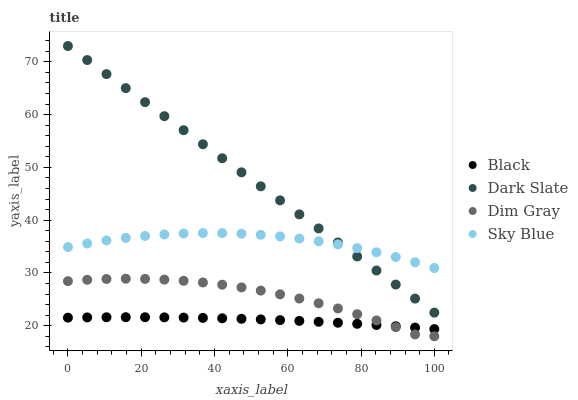
| xaxis_label | Black | Dark Slate | Dim Gray | Sky Blue |
 | --- | --- | --- | --- | --- |
 | 0 | 21.5 | 73 | 28.4 | 34.9 |
 | 5.26 | 21.6 | 70.3 | 28.7 | 35.6 |
 | 10.5 | 21.6 | 67.7 | 28.8 | 36.2 |
 | 15.8 | 21.6 | 65 | 28.9 | 36.6 |
 | 21.1 | 21.6 | 62.4 | 28.9 | 37 |
 | 26.3 | 21.6 | 59.7 | 28.7 | 37.3 |
 | 31.6 | 21.5 | 57 | 28.5 | 37.5 |
 | 36.8 | 21.5 | 54.4 | 28.2 | 37.6 |
 | 42.1 | 21.4 | 51.7 | 27.8 | 37.5 |
 | 47.4 | 21.3 | 49.1 | 27.3 | 37.4 |
 | 52.6 | 21.2 | 46.4 | 26.6 | 37.2 |
 | 57.9 | 21.1 | 43.8 | 25.9 | 36.9 |
 | 63.2 | 20.9 | 41.1 | 25.1 | 36.5 |
 | 68.4 | 20.7 | 38.4 | 24.3 | 36 |
 | 73.7 | 20.6 | 35.8 | 23.3 | 35.4 |
 | 78.9 | 20.4 | 33.1 | 22.2 | 34.7 |
 | 84.2 | 20.1 | 30.5 | 21 | 33.9 |
 | 89.5 | 19.9 | 27.8 | 19.7 | 33 |
 | 94.7 | 19.6 | 25.1 | 18.4 | 32 |
 | 100 | 19.4 | 22.5 | 18 | 30.9 |